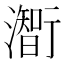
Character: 𤁰